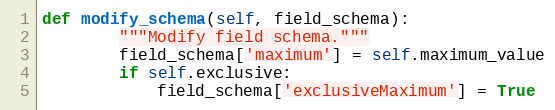
Language: Python
def modify_schema(self, field_schema):
        """Modify field schema."""
        field_schema['maximum'] = self.maximum_value
        if self.exclusive:
            field_schema['exclusiveMaximum'] = True